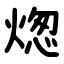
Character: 㷓